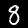
Digit: 8